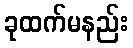
ခုထက်မနည်း